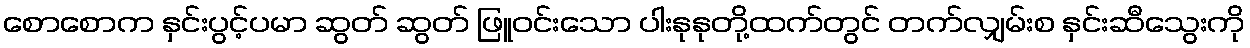
စောစောက နှင်းပွင့်ပမာ ဆွတ် ဆွတ် ဖြူဝင်းသော ပါးနုနုတို့ထက်တွင် တက်လျှမ်းစ နှင်းဆီသွေးကို